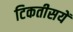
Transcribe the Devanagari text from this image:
टिकतीसयें